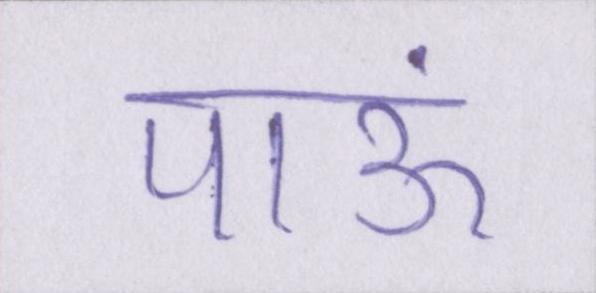
पाऊं